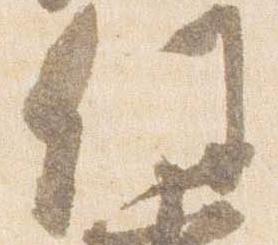
任